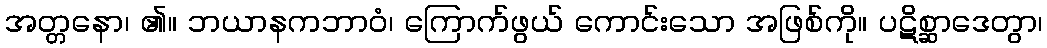
အတ္တနော၊ ၏။ ဘယာနကဘာဝံ၊ ကြောက်ဖွယ် ကောင်းသော အဖြစ်ကို။ ပဋိစ္ဆာဒေတွာ၊